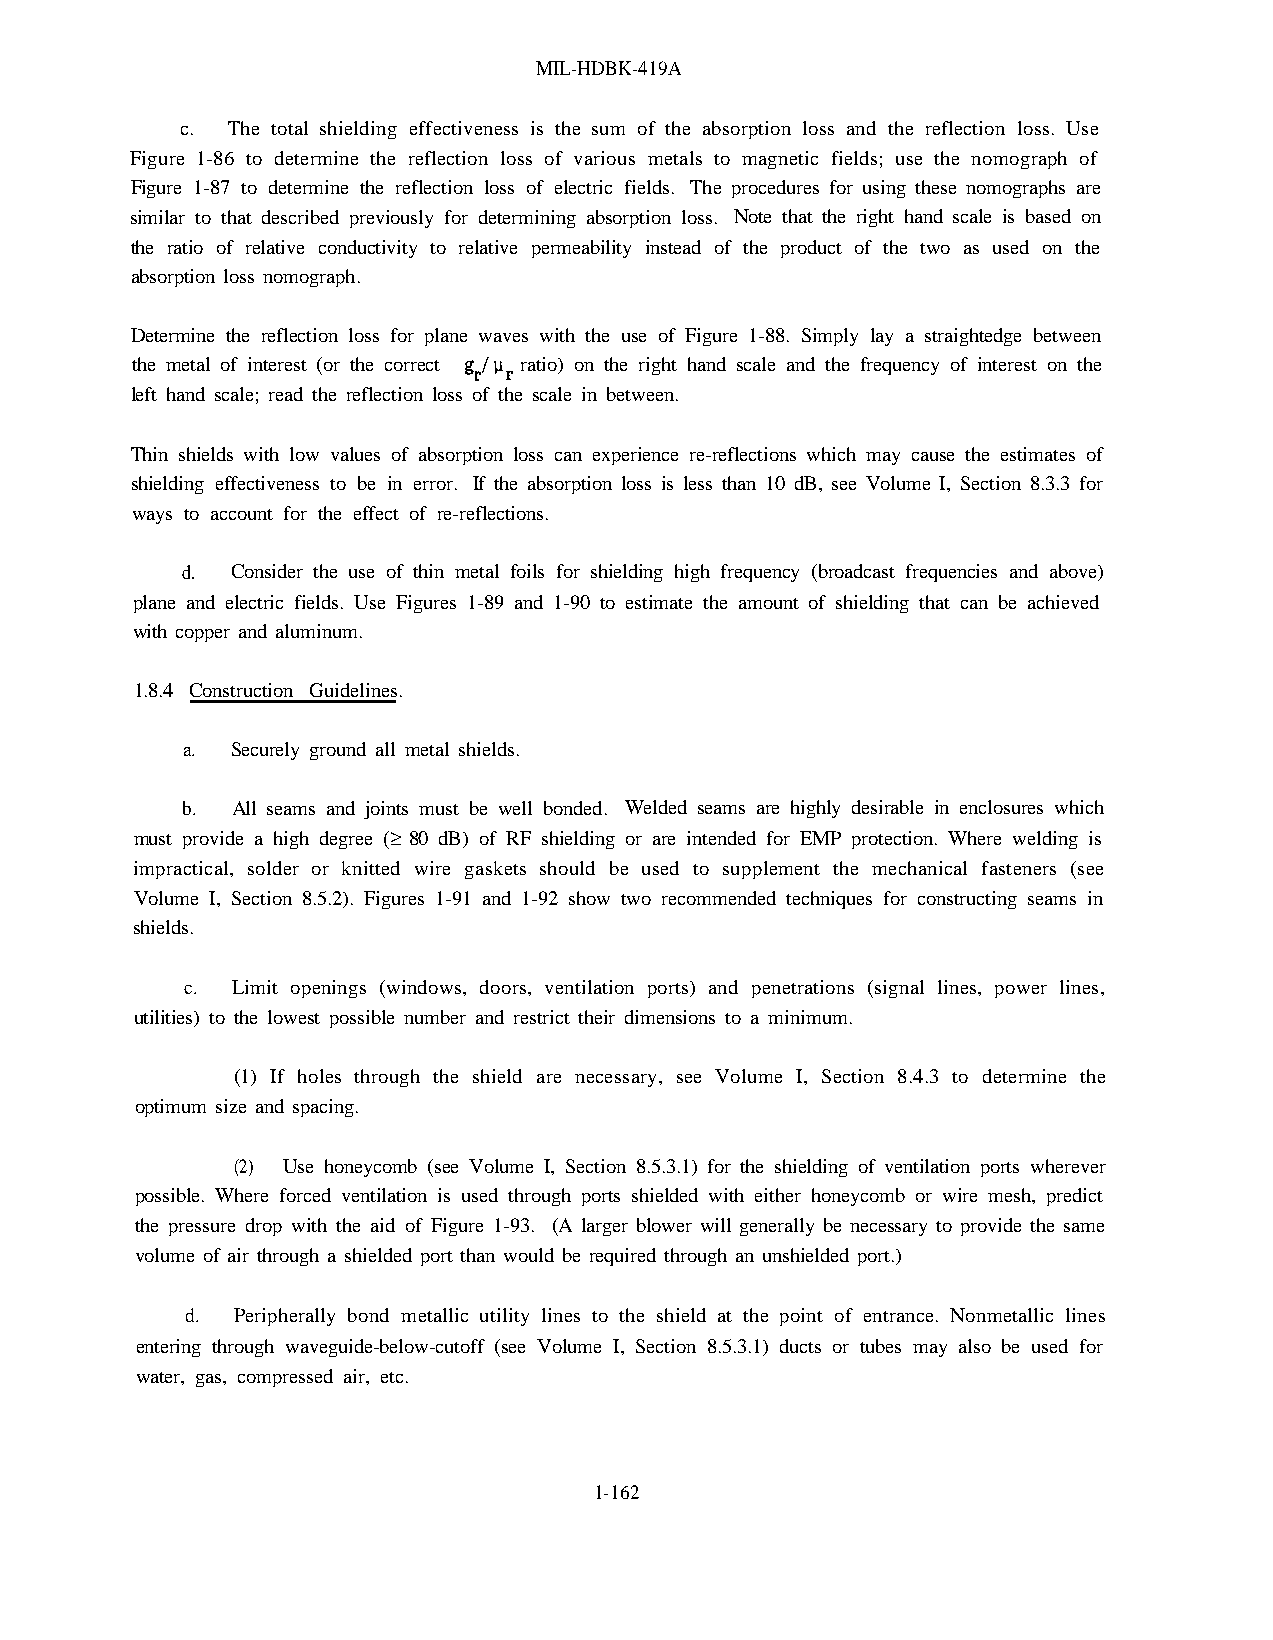
MIL-HDBK-419A
 c. The total shielding effectiveness is the sum of the absorption loss and the reflection loss. Use
 Figure 1-86 to determine the reflection loss of various metals to magnetic fields; use the nomograph of
 Figure 1-87 to determine the reflection loss of electric fields. The procedures for using these nomographs are
 similar to that described previously for determining absorption loss. Note that the right hand scale is based on
 the ratio of relative conductivity to relative permeability instead of the product of the two as used on the
 absorption loss nomograph.
 Determine the reflection loss for plane waves with the use of Figure 1-88. Simply lay a straightedge between
 the metal of interest (or the correct ratio) on the right hand scale and the frequency of interest on the
 left hand scale; read the reflection loss of the scale in between.
 Thin shields with low values of absorption loss can experience re-reflections which may cause the estimates of
 shielding effectiveness to be in error. If the absorption loss is less than 10 dB, see Volume I, Section 8.3.3 for
 ways to account for the effect of re-reflections.
 d. Consider the use of thin metal foils for shielding high frequency (broadcast frequencies and above)
 plane and electric fields. Use Figures 1-89 and 1-90 to estimate the amount of shielding that can be achieved
 with copper and aluminum.
 1.8.4 Construction Guidelines.
 a. Securely ground all metal shields.
 b. All seams and joints must be well bonded. Welded seams are highly desirable in enclosures which
 must provide a high degree (‡ 80 dB) of RF shielding or are intended for EMP protection. Where welding is
 impractical, solder or knitted wire gaskets should be used to supplement the mechanical fasteners (see
 Volume I, Section 8.5.2). Figures 1-91 and 1-92 show two recommended techniques for constructing seams in
 shields.
 c. Limit openings (windows, doors, ventilation ports) and penetrations (signal lines, power lines,
 utilities) to the lowest possible number and restrict their dimensions to a minimum.
 (1) If holes through the shield are necessary, see Volume I, Section 8.4.3 to determine the
 optimum size and spacing.
 (2) Use honeycomb (see Volume I, Section 8.5.3.1) for the shielding of ventilation ports wherever
 possible. Where forced ventilation is used through ports shielded with either honeycomb or wire mesh, predict
 the pressure drop with the aid of Figure 1-93. (A larger blower will generally be necessary to provide the same
 volume of air through a shielded port than would be required through an unshielded port.)
 d. Peripherally bond metallic utility lines to the shield at the point of entrance. Nonmetallic lines
 entering through waveguide-below-cutoff (see Volume I, Section 8.5.3.1) ducts or tubes may also be used for
 water, gas, compressed air, etc.
 1-162